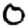
Digit: 0